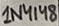
Text: 1N4148